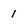
Character: 1